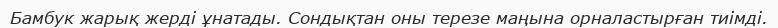
Бамбук жарық жерді ұнатады. Сондықтан оны терезе маңына орналастырған тиімді.